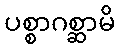
ပစ္စာဂစ္ဆာမိ